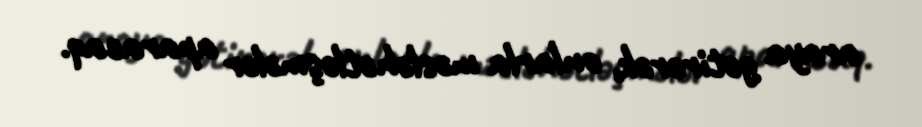
araya gətirərək, onlarla məsləhətləşmələr aparacaq.